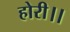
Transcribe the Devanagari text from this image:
होरी।।